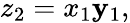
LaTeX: z_{2}=x_{1}\mathbf{y}_{1},